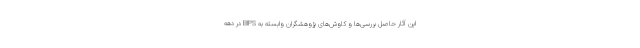
این آثار حاصل بررسی‌ها و کاوش‌های پژوهشگران وابسته به BIPS در دهه